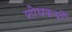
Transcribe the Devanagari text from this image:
शोधकर्यों